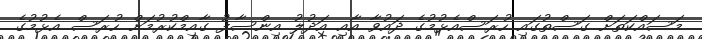
މަސައްކަތަށް ގަސްތުގައި ހުރަސްއެޅުމުގެ ދައުވާ އާއި އަދުލު އިންސާފު ގާއިމްކުރުމަށް ހުރަސް އެޅުމުގެ